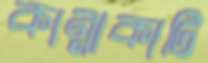
কান্নাকাটি